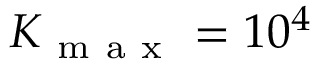
K _ { \mathrm { ~ m ~ a ~ x ~ } } = 1 0 ^ { 4 }